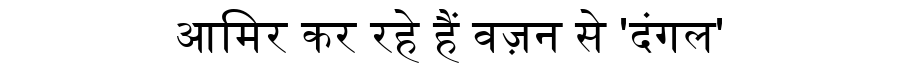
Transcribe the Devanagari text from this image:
आमिर कर रहे हैं वज़न से 'दंगल'